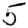
Digit: 5